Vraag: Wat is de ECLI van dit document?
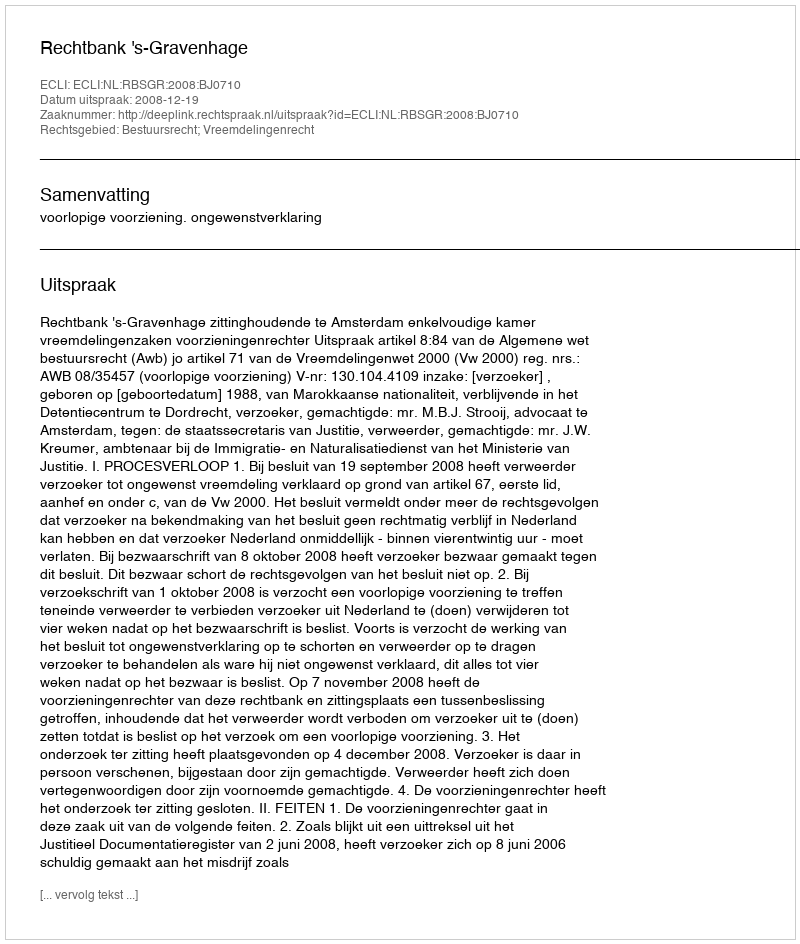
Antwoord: ECLI:NL:RBSGR:2008:BJ0710